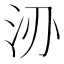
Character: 𱥻